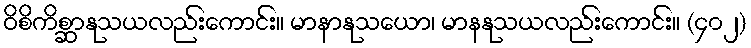
ဝိစိကိစ္ဆာနုသယလည်းကောင်း။ မာနာနုသယော၊ မာနနုသယလည်းကောင်း။ (၄၀၂)